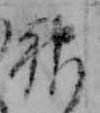
神